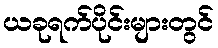
ယခုရက်ပိုင်းများတွင်